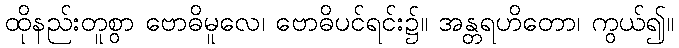
ထိုနည်းတူစွာ ဗောဓိမူလေ၊ ဗောဓိပင်ရင်း၌။ အန္တရဟိတော၊ ကွယ်၍။